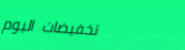
تخفيضات اليوم